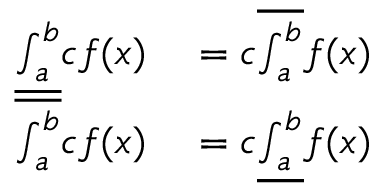
\begin{array} { r l } { { \underline { { \int _ { a } ^ { b } } } } c f ( x ) } & { { } = c { \overline { { \int _ { a } ^ { b } } } } f ( x ) } \\ { { \overline { { \int _ { a } ^ { b } } } } c f ( x ) } & { { } = c { \underline { { \int _ { a } ^ { b } } } } f ( x ) } \end{array}